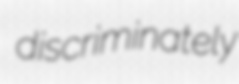
discriminately